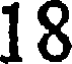
18